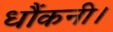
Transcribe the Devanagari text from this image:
धौंकनी।